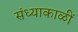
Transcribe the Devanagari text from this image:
संध्याकाळीं